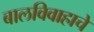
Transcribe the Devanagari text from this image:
बालविवाहाचे